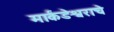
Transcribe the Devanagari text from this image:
मार्कंडेश्वराचे